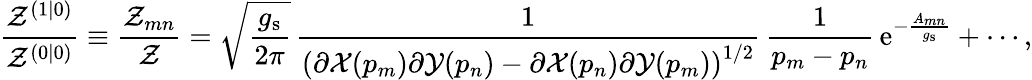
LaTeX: \frac{\mathcal{Z}^{(1|0)}}{\mathcal{Z}^{(0|0)}}\equiv\frac{\mathcal{Z}_{mn}}{\mathcal{Z}}=\sqrt{\frac{g_{\mathrm{s}}}{2\pi}}\, \frac{1}{\left(\partial{\mathcal X}(p_{m})\partial{\mathcal Y}(p_{n})-\partial{\mathcal X}(p_{n})\partial{\mathcal Y}(p_{m})\right)^{1/2}}\, \frac{1}{p_{m}-p_{n}}\, {\mathrm{e}}^{-\frac{A_{mn}}{g_{\mathrm{s}}}}+\cdots,